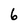
Character: 6